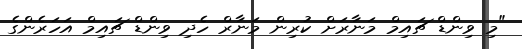
"މި ވިންޑް ޗައިމް މަނާރަށް ކުރިން މަނާރް ހެދި ވިންޑް ޗައިމް އަހަރެންގެ